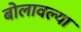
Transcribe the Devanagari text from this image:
बोलावल्या